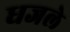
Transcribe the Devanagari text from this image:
धजले